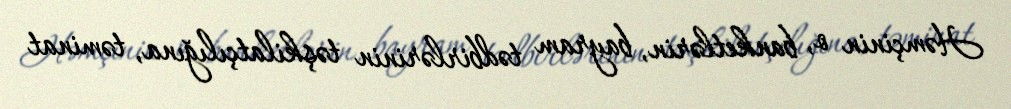
Həmçinin o, banketlərin, bayram tədbirlərinin təşkilatçılığına, təminat